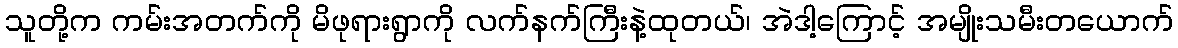
သူတို့က ကမ်းအတက်ကို မိဖုရားရွာကို လက်နက်ကြီးနဲ့ထုတယ်၊ အဲဒါ့ကြောင့် အမျိုးသမီးတယောက်